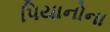
પિયાનોના